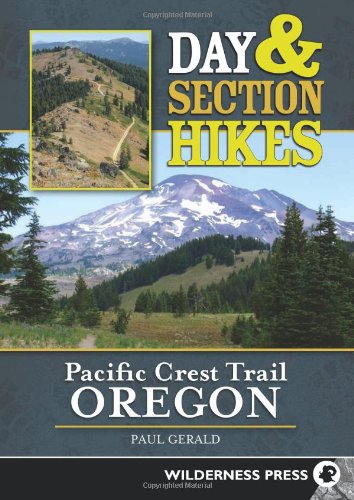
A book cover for Day and Section Hikes Pacific Crest Trail: Oregon (Day & Section Hikes); Paul Gerald; Health, Fitness & Dieting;